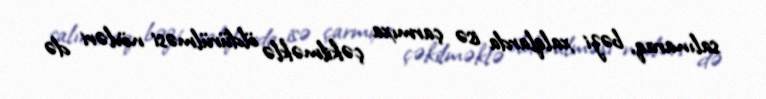
salınaraq, bəzi xalqlarda isə çarmıxa çəkilməklə öldürülməsi növləri də